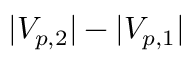
| V _ { p , 2 } | - | V _ { p , 1 } |